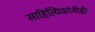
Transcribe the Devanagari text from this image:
साहित्यिकांनीही